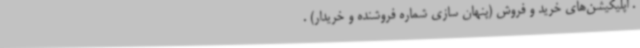
. اپلیکیشن‌های خرید و فروش (پنهان سازی شماره فروشنده و خریدار) .